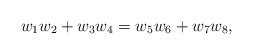
\begin{align*}w_1w_2 + w_3w_4 = w_5w_6 + w_7w_8,\end{align*}